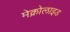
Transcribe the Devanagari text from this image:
मेक्रोलाइड